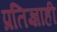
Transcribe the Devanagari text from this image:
प्रतिज्ञाही